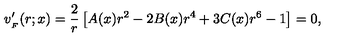
v _ { _ { F } } ^ { \prime } ( r ; x ) = { \frac { 2 } { r } } \left[ A ( x ) r ^ { 2 } - 2 B ( x ) r ^ { 4 } + 3 C ( x ) r ^ { 6 } - 1 \right] = 0 ,